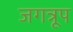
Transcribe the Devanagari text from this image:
जगत्रूप